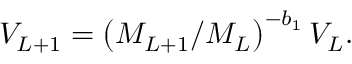
V _ { L + 1 } = \left( M _ { L + 1 } / M _ { L } \right) ^ { - b _ { 1 } } V _ { L } .